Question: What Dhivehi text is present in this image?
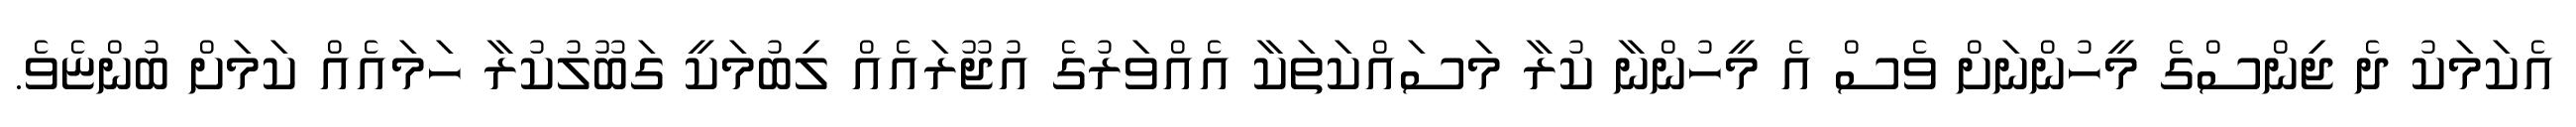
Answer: އެކަމަކު ދެ ޖިންސްގެ މީހުންނަށް ވެސް އެ މީހުންނާ ކުރާ މަސައްކަތަކާ އެއްވަރުގެ އުޖޫރައެއް ލިބުމަކީ ގަބޫލުކުރާ ހަމައެއް ކަމަށް ބުންޏެވެ.